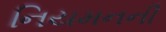
નિયમનની